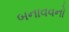
બનાવવનો